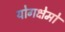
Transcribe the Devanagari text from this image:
योगक्षेमो